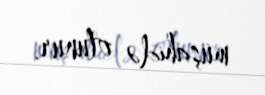
müşahidə olunur.